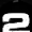
Digit: 2